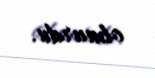
olmurdu.